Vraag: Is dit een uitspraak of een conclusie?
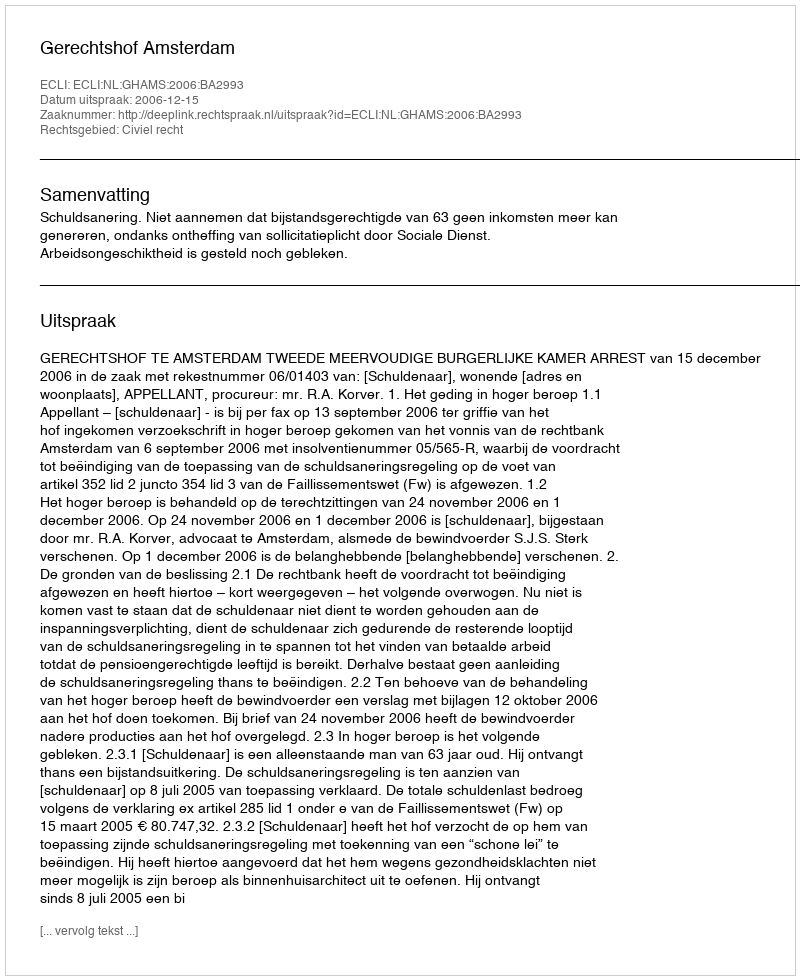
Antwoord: Uitspraak